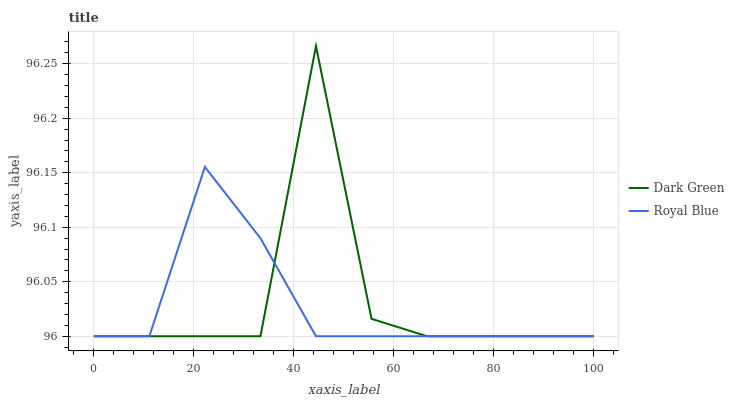
| xaxis_label | Dark Green | Royal Blue |
 | --- | --- | --- |
 | 0 | 96 | 96 |
 | 11.1 | 96 | 96 |
 | 22.2 | 96 | 96.2 |
 | 33.3 | 96 | 96.1 |
 | 44.4 | 96.3 | 96 |
 | 55.6 | 96 | 96 |
 | 66.7 | 96 | 96 |
 | 77.8 | 96 | 96 |
 | 88.9 | 96 | 96 |
 | 100 | 96 | 96 |